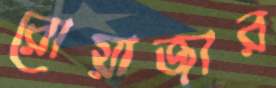
রোয়াজার